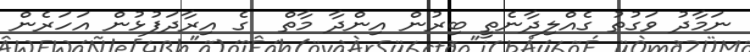
ނަމާދު ވަގުތު ގެއްލިދާނެތީ ބިރުން އިންދާ މާތް  ގެ އިރާދަފުޅުން އަހަރެން